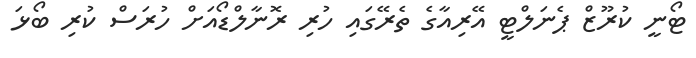
ޓޯނީ ކުރޫޒް ޕެނަލްޓީ އޭރިއާގެ ތެރޭގައި ހުރި ރޮނާލްޑޯއަށް ހުރަސް ކުރި ބޯޅަ